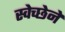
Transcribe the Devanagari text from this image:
स्वेच्छेनें